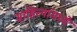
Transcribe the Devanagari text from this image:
साहित्यांमध्ये